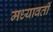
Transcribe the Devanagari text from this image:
मध्यावर्ती